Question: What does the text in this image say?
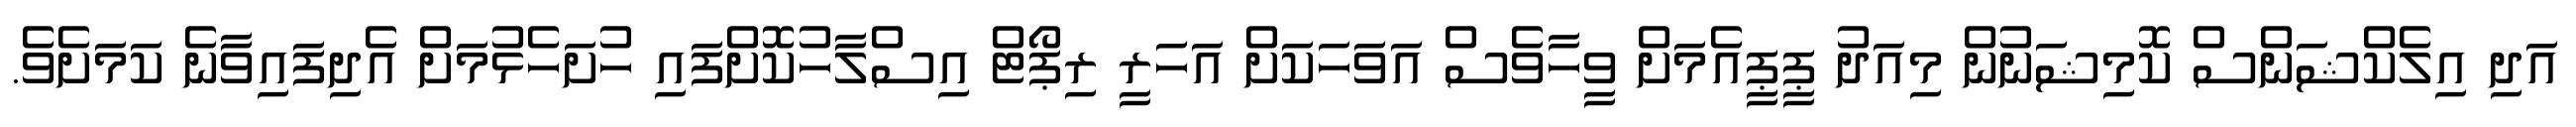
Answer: އަދި އިލެކްޝަންސް ކޮމިޝަނުން މިއަދު ޕީޕީއެމަށް ވީހާވެސް އަވަހަކަށް އަހަރީ ރިޕޯޓް އިސްލާހުކޮށްފައި ހުށަހެޅުމަށް އެދިފައިވާނެ ކަމަށެވެ.